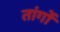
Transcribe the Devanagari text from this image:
तांगों